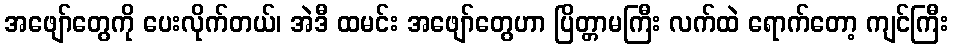
အဖျော်တွေကို ပေးလိုက်တယ်၊ အဲဒီ ထမင်း အဖျော်တွေဟာ ပြိတ္တာမကြီး လက်ထဲ ရောက်တော့ ကျင်ကြီး